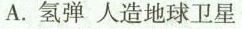
A. 氢弹 人造地球卫星